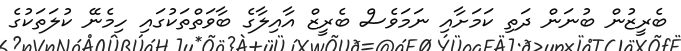
ބެރީޒުން ބުނަން ދަތި ކަމަށާއި ނަމަވެސް ބެރީޒް އާއިލާގެ ބާވަތްތަކުގައި ހިމެނޭ ކުލަތަކުގެ